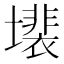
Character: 𱘍